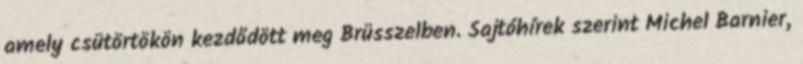
amely csütörtökön kezdődött meg Brüsszelben. Sajtóhírek szerint Michel Barnier,